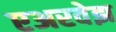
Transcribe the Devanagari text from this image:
एअरवेझ